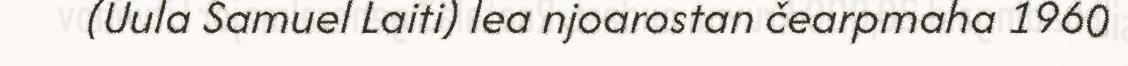
(Uula Samuel Laiti) lea njoarostan čearpmaha 1960